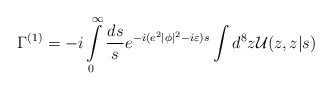
\begin{align*}\Gamma^{(1)}=-i\int\limits_0^\infty\frac{ds}{s}e^{-i(e^2|\phi|^2-i\varepsilon)s}\int d^8z {\cal U}(z,z|s)\end{align*}